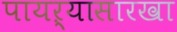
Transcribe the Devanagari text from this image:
पायऱ्यासारखा